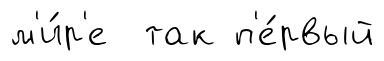
м'и́р'е так п'е́рвый